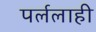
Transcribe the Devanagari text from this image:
पर्ललाही